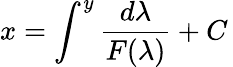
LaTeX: x=\int^{y}{\frac{d\lambda}{F(\lambda)}}+C\,